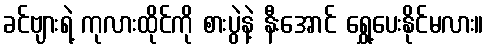
ခင်ဗျားရဲ့ ကုလားထိုင်ကို စားပွဲနဲ့ နီးအောင် ရွှေ့ပေးနိုင်မလား။